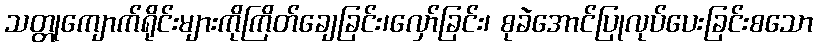
သတ္တုကျောက်ရိုင်းများကိုကြိတ်ချေခြင်း၊လှော်ခြင်း၊ စုခဲအောင်ပြုလုပ်ပေးခြင်းစသော